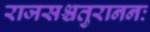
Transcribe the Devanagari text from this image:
राजसश्चतुराननः